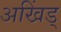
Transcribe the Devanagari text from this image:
अखिंड्